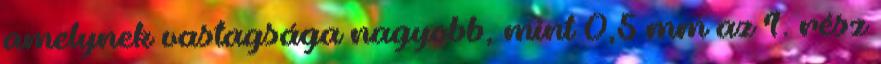
amelynek vastagsága nagyobb, mint 0,5 mm az 1. rész